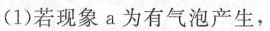
(1)若现象a为有气泡产生，